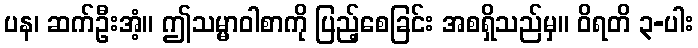
ပန၊ ဆက်ဦးအံ့။ ဤသမ္မာဝါစာကို ပြည့်စေခြင်း အစရှိသည်မှ။ ဝိရတိ ၃-ပါး